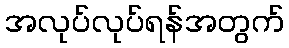
အလုပ်လုပ်ရန်အတွက်